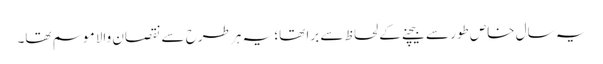
یہ سال خاص طور سے بیچنے کے لحاظ سے برا تھا؛ یہ ہر طرح سے نقصان والا موسم تھا۔